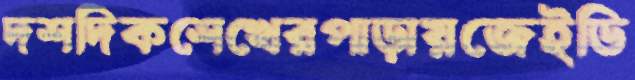
দশদিকশেখেরপাড়ায়জেইডি